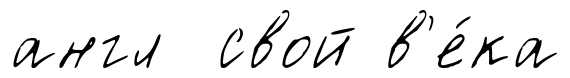
англ свой в'е́ка